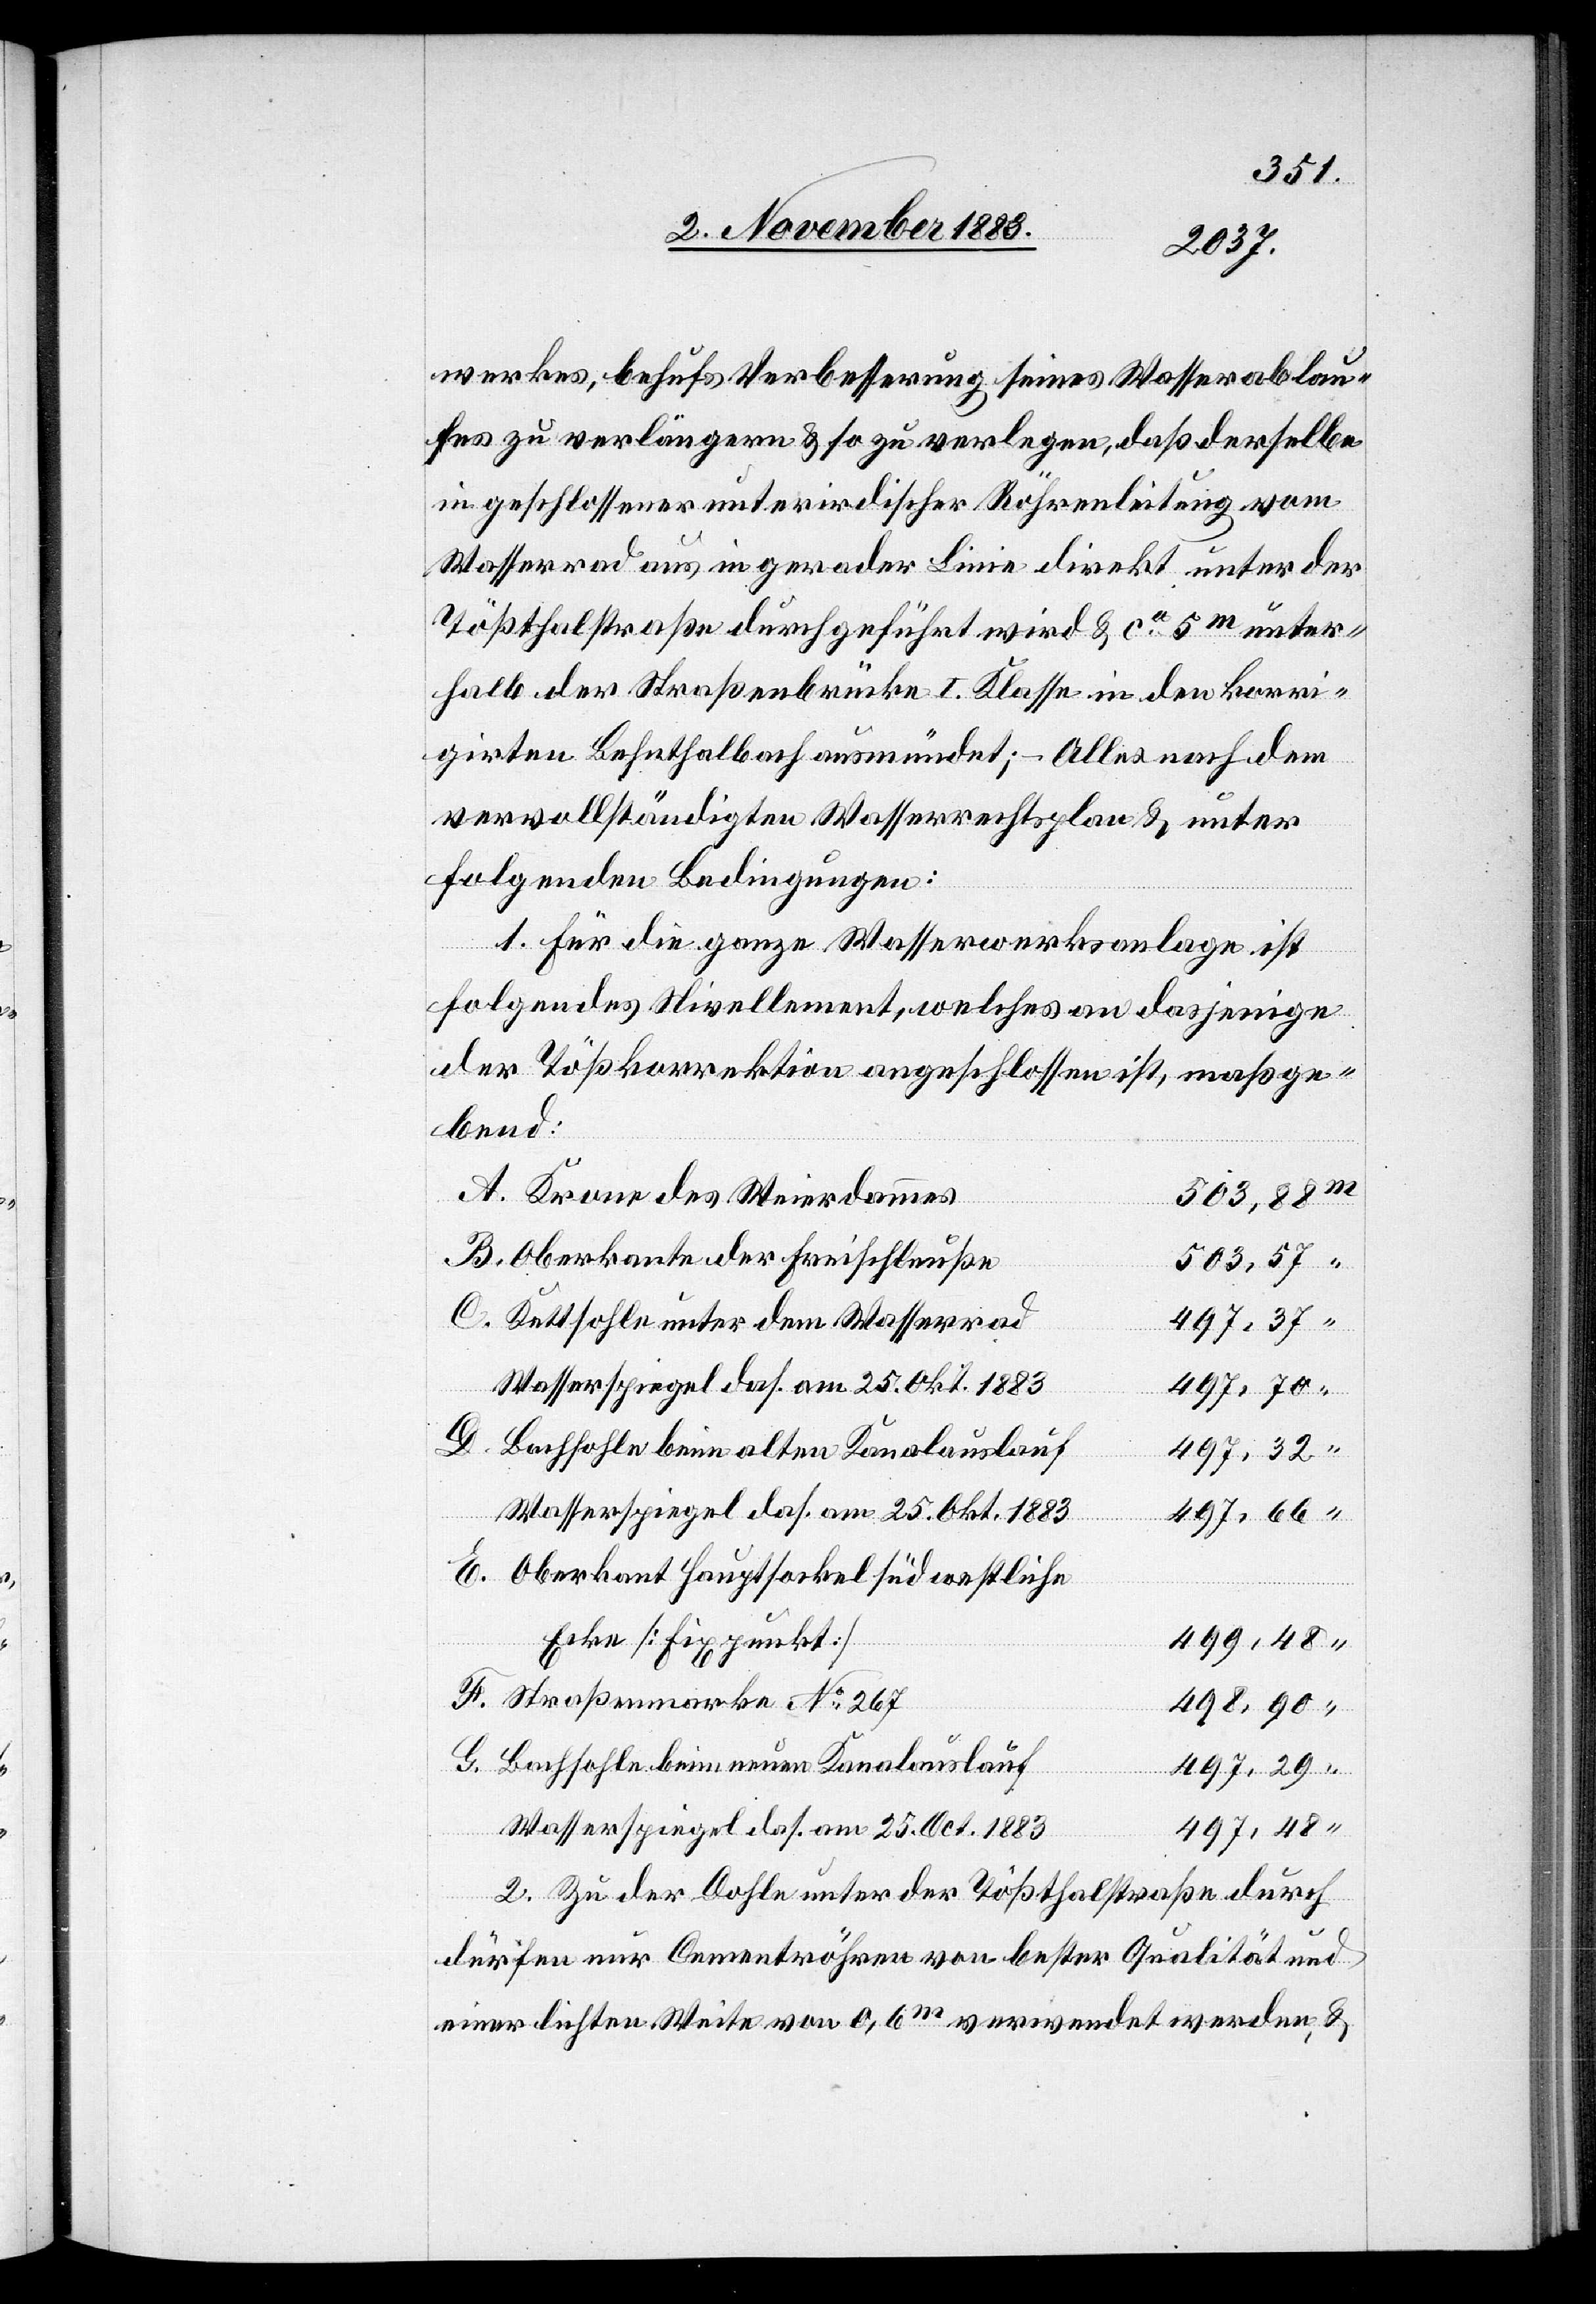
werkes, behufs Verbesserung seines Wasserablau¬
fes zu verlängern & so zu verlegen, daß derselbe
in geschlossener unterirdischer Röhrenleitung vom
Wasserrad aus in gerader Linie direkt unter der
Tößthalstraße durchgeführt wird & ca 5 m unter¬
halb der Straßenbrücke I. Klasse in den korri¬
girten Behnthalbach ausmündet; – Alles nach dem
vervollständigten Wasserrechtsplan & unter
folgenden Bedingungen:
1. Für die ganze Wasserwerksanlage ist
folgendes Nivellement, welches an dasjenige
der Tößkorrektion angeschlossen ist, maßge¬
bend:
Krone des Weierdammes
503,88
Oberkante der Freischleuße
503,57
Kettsohle unter dem Wasserrad
Wasserspiegel das. am 25. Okt. 1883
497,70
G.
Bachsohle beim alten Kanalauslauf
497,32
Wasserspiegel das. am 25. Okt. 1883
497,66
Oberkante Hauptsockel südwestliche
Ecke [Fixpunkt]
499,48
Straßenmarke No 267
498,90
Bachsohle beim neuen Kanalauslauf
497,29
Wasserspiegel das. am 25. Oct. 1883
497,48
2. Zu der Dohle unter der Tößthalstraße durch
dürfen nur Cementröhren von bester Qualität und
einer lichten Weite von 0,6 m verwendet werden, &